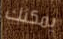
يمكنك